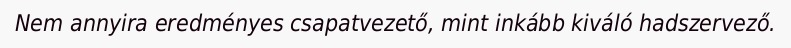
Nem annyira eredményes csapatvezető, mint inkább kiváló hadszervező.